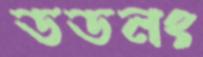
ডডনং